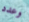
وعدد